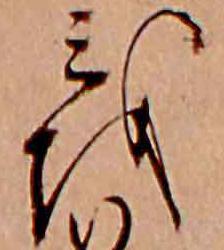
を